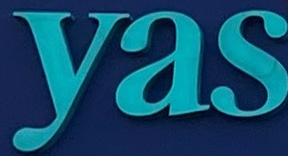
Yas